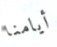
أيامنا